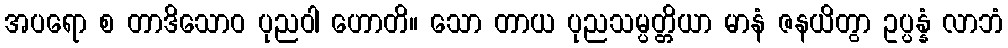
အပရော စ တာဒိသောဝ ပုညဝါ ဟောတိ။ သော တာယ ပုညသမ္ပတ္တိယာ မာနံ ဇနယိတွာ ဥပ္ပန္နံ လာဘံ